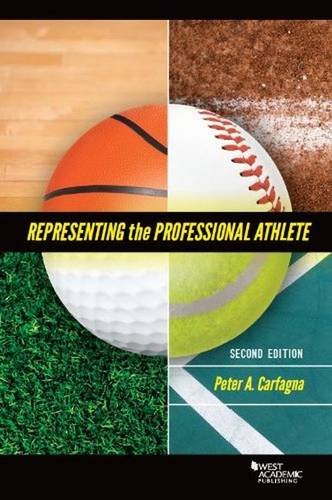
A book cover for Representing the Professional Athlete (American Casebook Series); Peter Carfagna; Law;